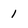
Character: 1